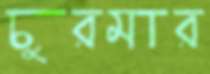
চুরমার